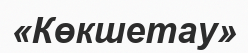
«Көкшетау»